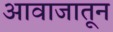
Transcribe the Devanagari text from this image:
आवाजातून